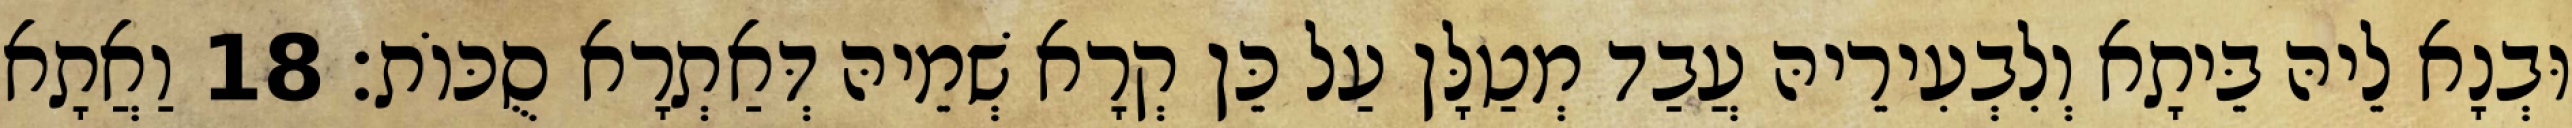
וּבְנָא לֵיהּ בֵּיתָא וְלִבְעִירֵיהּ עֲבַד מְטַלָּן עַל כֵּן קְרָא שְׁמֵיהּ דְּאַתְרָא סֻכּוֹת׃ 18 וַאֲתָא